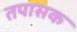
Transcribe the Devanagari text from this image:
तपासक